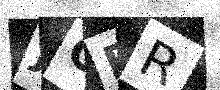
Text: JOFR